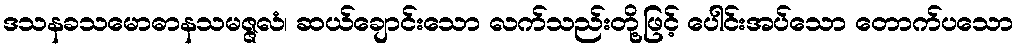
ဒသနခသမောဓာနသမဇ္ဇလံ၊ ဆယ်ချောင်းသော လက်သည်းတို့ဖြင့် ပေါင်းအပ်သော တောက်ပသော